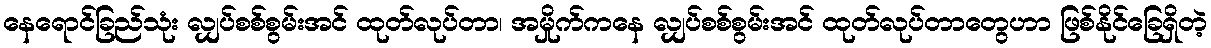
နေရောင်ခြည်သုံး လျှပ်စစ်စွမ်းအင် ထုတ်လုပ်တာ၊ အမှိုက်ကနေ လျှပ်စစ်စွမ်းအင် ထုတ်လုပ်တာတွေဟာ ဖြစ်နိုင်ခြေရှိတဲ့